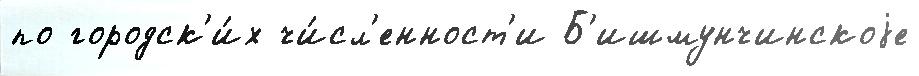
по городск'и́х чи́сл'енност'и Б'ишмунчинскоjе